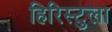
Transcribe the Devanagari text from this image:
हिरिस्टुला